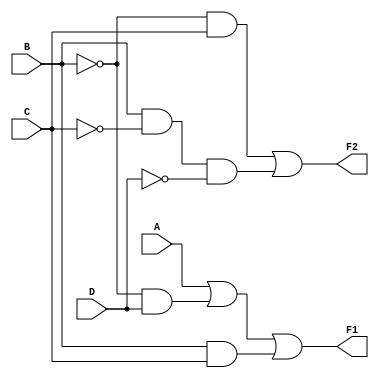
module Lab2_3(F1, F2, A, B, C, D);
input A, B, C ,D;
output F1, F2;
wire w1, w2, w3, w4, w5, w6, w7;

not G0(w1, B);
not G1(w2, C);
not G2(w3, D);
and G3(w4, w1, D);
and G4(w5, B, C);
and G5(w6, w1, C);
and G6(w7, B, w2, w3);
or G7(F1, A, w4, w5);
or G8(F2, w6, w7);
endmodule